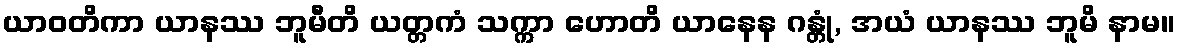
ယာဝတိကာ ယာနဿ ဘူမီတိ ယတ္တကံ သက္ကာ ဟောတိ ယာနေန ဂန္တုံ, အယံ ယာနဿ ဘူမိ နာမ။